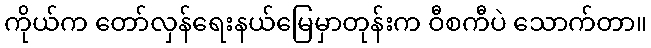
ကိုယ်က တော်လှန်ရေးနယ်မြေမှာတုန်းက ဝီစကီပဲ သောက်တာ။